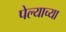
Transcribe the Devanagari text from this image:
पेल्याच्या